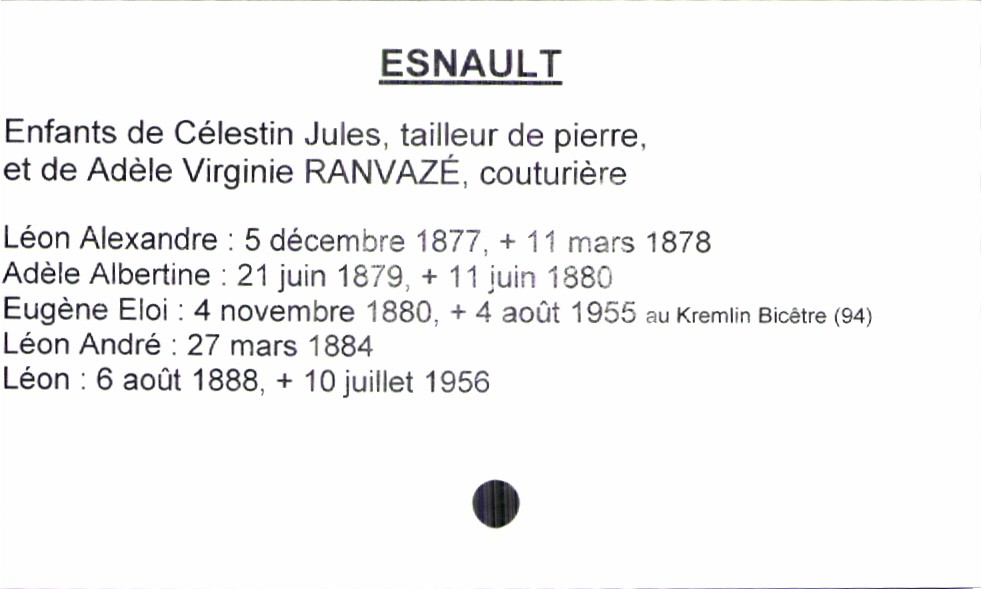
type_acte: Baptême
filiation: fils
enfant_prénom: Léon
enfant_date_de_naissance: 6 août 1888
enfant_date_de_décès: 10 juillet 1956
enfant_lieu_de_décès: Kremlin Bicêtre (94)
père_enfant_nom: Esnault
père_enfant_prénom: Célestin Jules
père_enfant_profession: tailleur de pierre
mère_enfant_nom: Ranvazé
mère_enfant_prénom: Adèle Virginie
mère_enfant_profession: couturière